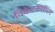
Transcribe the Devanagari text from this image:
विकेटकीपिंग